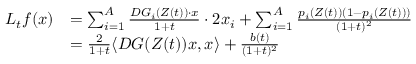
\begin{array} { r l } { L _ { t } f ( x ) } & { = \sum _ { i = 1 } ^ { A } \frac { D G _ { i } ( Z ( t ) ) \cdot x } { 1 + t } \cdot 2 x _ { i } + \sum _ { i = 1 } ^ { A } \frac { p _ { i } ( Z ( t ) ) ( 1 - p _ { i } ( Z ( t ) ) ) } { ( 1 + t ) ^ { 2 } } } \\ & { = \frac { 2 } { 1 + t } \langle D G ( Z ( t ) ) x , x \rangle + \frac { b ( t ) } { ( 1 + t ) ^ { 2 } } } \end{array}